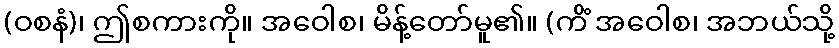
(ဝစနံ)၊ ဤစကားကို။ အဝေါစ၊ မိန့်တော်မူ၏။ (ကိံ အဝေါစ၊ အဘယ်သို့